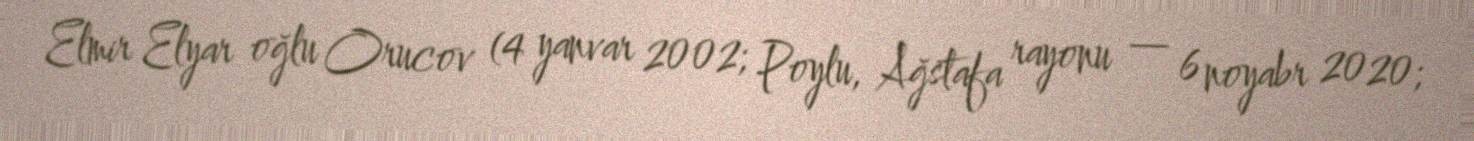
Elmir Elyar oğlu Orucov (4 yanvar 2002; Poylu, Ağstafa rayonu — 6 noyabr 2020;